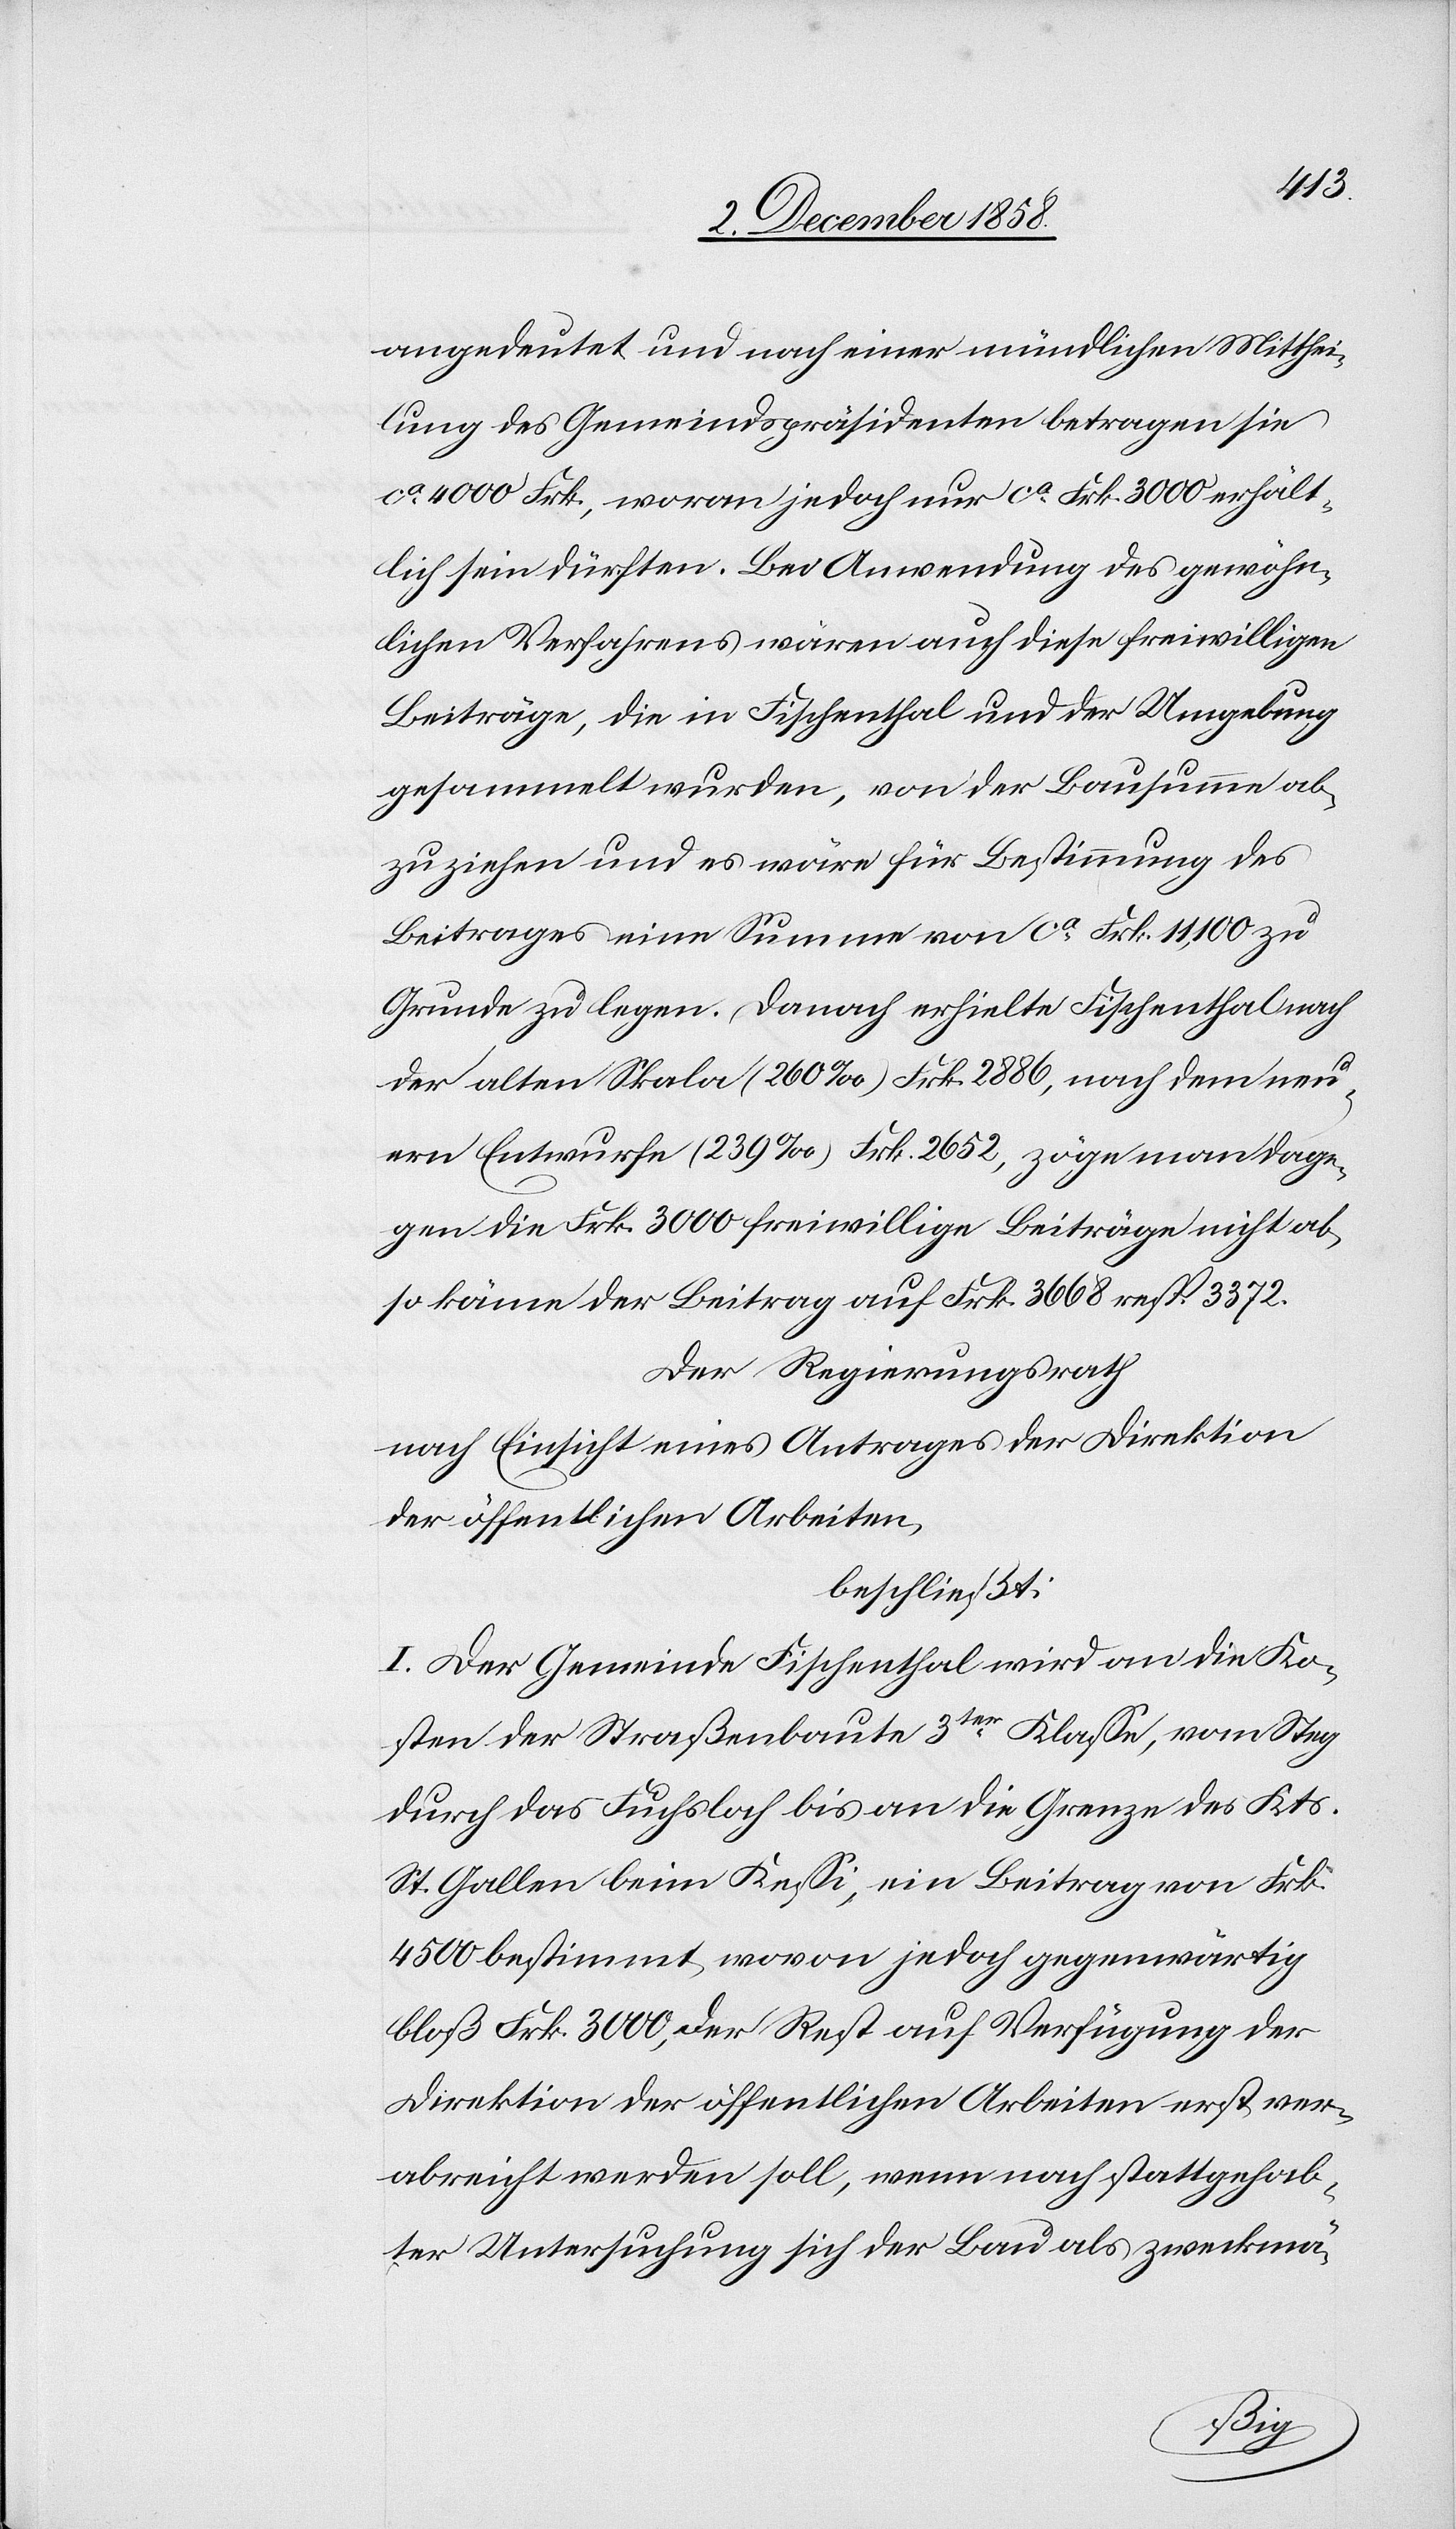
angedeutet und nach einer mündlichen Mitthei¬
lung des Gemeindspräsidenten betragen sie
ca. 4000 Frk., woran jedoch nur ca. Frk. 3000 erhält¬
lich sein dürften. Bei Anwendung des gewöhn¬
lichen Verfahrens wären auch diese freiwilligen
Beiträge, die in Fischenthal und der Umgebung
gesammelt wurden, von der Bausumme ab¬
zuziehen und es wäre für Bestimmung des
Beitrages eine Summe von ca. Frk. 11,100 zu
Grunde zu legen. Danach erhielte Fischenthal nach
der alten Skala (260‰) Frk. 2886, nach dem neu¬
ern Entwurfe (239‰) Frk. 2652, zöge man dage¬
gen die Frk. 3000 freiwillige Beiträge nicht ab,
so käme der Beitrag auf Frk. 3668 resp. 3372.
Der Regierungsrath
nach Einsicht eines Antrages der Direktion
der öffentlichen Arbeiten,
beschließt:
I. Der Gemeinde Fischenthal wird an die Ko¬
sten der Straßenbaute 3ter Klasse, vom Steg
durch das Fuchsloch bis an die Grenze des Kts.
St. Gallen beim Kessi, ein Beitrag von Frk.
4500 bestimmt, wovon jedoch gegenwärtig
bloß Frk. 3000, der Rest auf Verfügung der
Direktion der öffentlichen Arbeiten erst ver¬
abreicht werden soll, wenn nach stattgehab¬
ter Untersuchung sich der Bau als zweckmä-